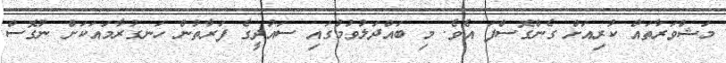
މަޝްވަރާތައް ކުރިއަށް ގެންގޮސްފަ އެވެ. މި ބައްދަލުވުމުގައި ސައުދީގެ ފަރާތުން ހަނގުރާމައަކަށް ނުގޮސް